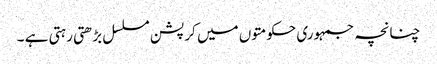
چنانچہ جمہوری حکومتوں میں کرپشن مسلسل بڑھتی رہتی ہے ۔